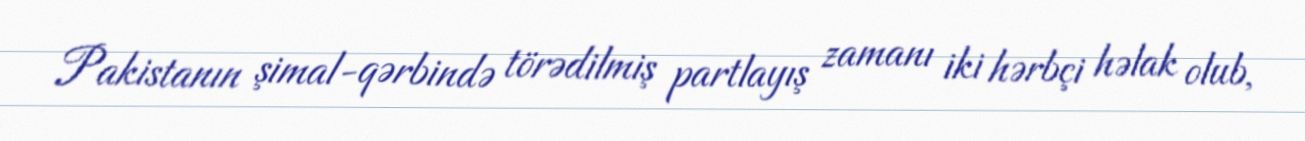
Pakistanın şimal-qərbində törədilmiş partlayış zamanı iki hərbçi həlak olub,